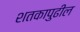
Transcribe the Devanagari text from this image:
शतकापुढील